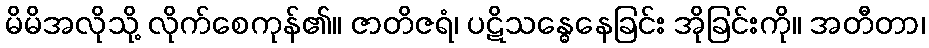
မိမိအလိုသို့ လိုက်စေကုန်၏။ ဇာတိဇရံ၊ ပဋိသန္ဓေနေခြင်း အိုခြင်းကို။ အတီတာ၊